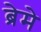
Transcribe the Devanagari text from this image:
ब्रेमे